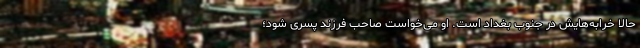
حالا خرابه‌هایش در جنوب بغداد است. او می‌خواست صاحب فرزند پسری شود؛